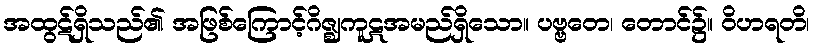
အထွဋ်ရှိသည်၏ အဖြစ်ကြောင့်ဂိဇ္ဈကူဋအမည်ရှိသော။ ပဗ္ဗတေ၊ တောင်၌။ ဝိဟရတိ၊